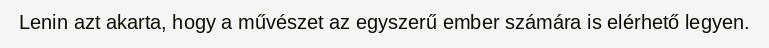
Lenin azt akarta, hogy a művészet az egyszerű ember számára is elérhető legyen.